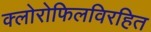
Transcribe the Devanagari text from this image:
क्लोरोफिलविरहित